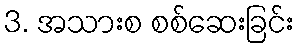
3. အသားစ စစ်ဆေးခြင်း